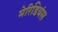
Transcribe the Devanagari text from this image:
मेरिडियंस